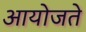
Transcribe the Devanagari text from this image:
आयोजते